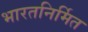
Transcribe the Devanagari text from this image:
भारतनिर्मित